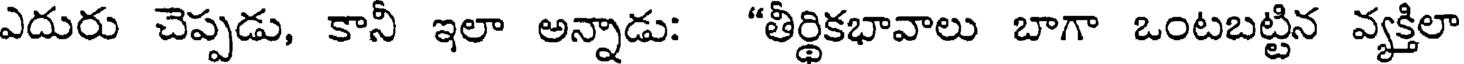
ఎదురు చెప్పడు, కానీ ఇలా అన్నాడు: "తీర్థికభావాలు బాగా ఒంటబట్టిన వ్యక్తిలా